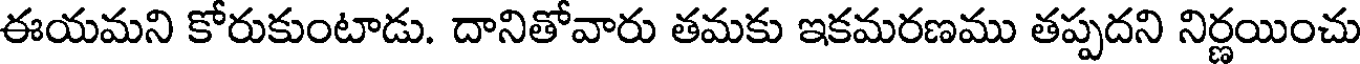
ఈయమని కోరుకుంటాడు. దానితోవారు తమకు ఇకమరణము తప్పదని నిర్ణయించు